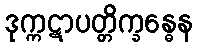
ဒုက္ကဋာပတ္တိက္ခန္ဓေန